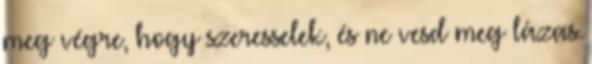
meg végre, hogy szeresselek, és ne vesd meg lázas